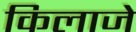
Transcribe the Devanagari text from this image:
किलाजे